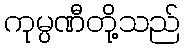
ကုမ္ပဏီတို့သည်